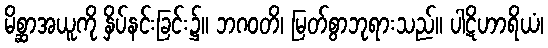
မိစ္ဆာအယူကို နှိပ်နင်းခြင်း၌။ ဘဂဝတိ၊ မြတ်စွာဘုရားသည်။ ပါဋိဟာရိယံ၊